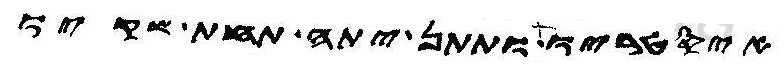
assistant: איסטריו ותתן יתה תחת שקיו